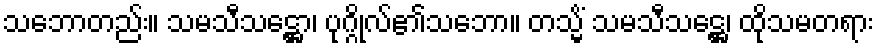
သဘောတည်း။ သမသီသဋ္ဌော၊ ပုဂ္ဂိုလ်၏သဘော။ တသ္မိံ သမသီသဋ္ဌေ၊ ထိုသမတရား